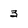
Character: 3